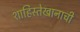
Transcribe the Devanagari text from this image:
शाहिस्तेखानाची